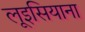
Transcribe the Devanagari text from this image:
लूइसियाना